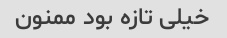
خیلی تازه بود ممنون